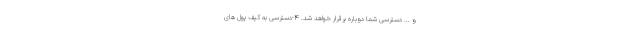
و ... دسترسی شما دوباره برقرار خواهد شد. 4-دسترسی به کیف پول های